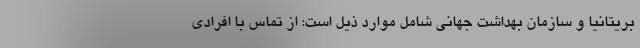
بریتانیا و سازمان بهداشت جهانی شامل موارد ذیل است: از تماس با افرادی